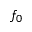
f _ { 0 }